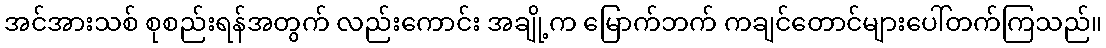
အင်အားသစ် စုစည်းရန်အတွက် လည်းကောင်း အချို့က မြောက်ဘက် ကချင်တောင်များပေါ်တက်ကြသည်။